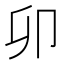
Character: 卯